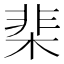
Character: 棐